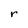
Character: r